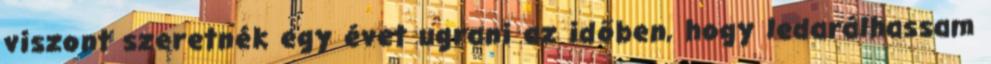
viszont szeretnék egy évet ugrani az időben, hogy ledarálhassam